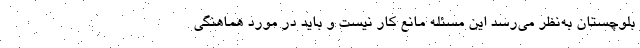
بلوچستان به‌نظر می‌رسد این مسئله مانع کار نیست و باید در مورد هماهنگی